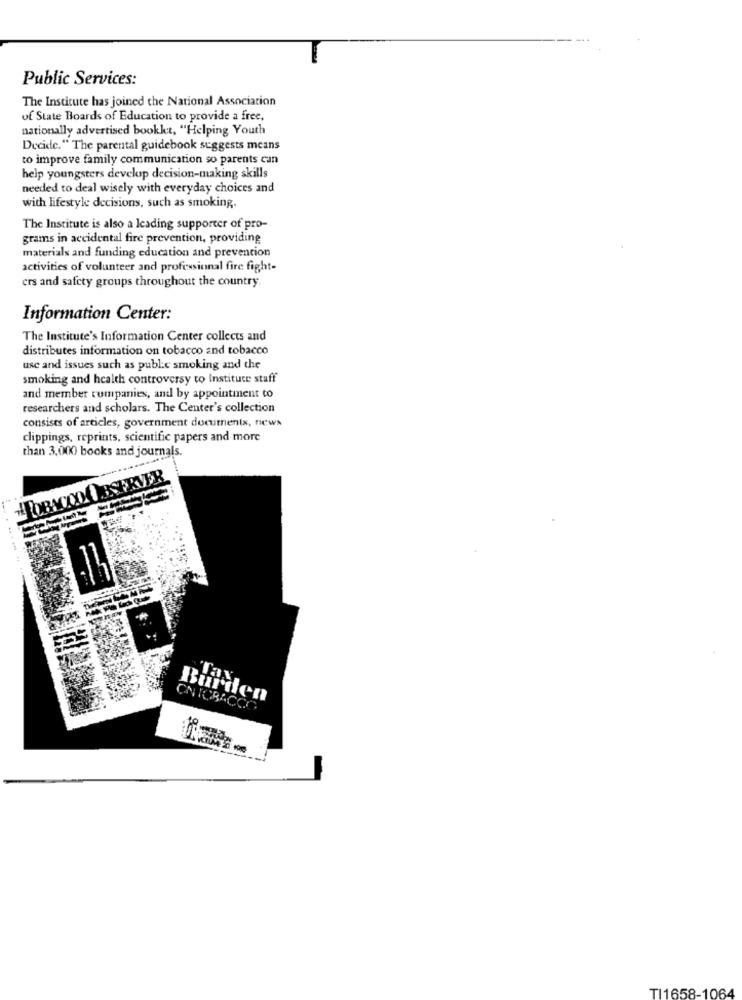
Public Services:
The Institute has joined the National Association
of State Boards of Education to provide a free,
nationally advertised bookkt, "Helping Youth
Decide." The parental guidebook suggests means
to improve family communication so parents can
help youngsters develop decision-making skills
needed to deal wisely with everyday choices and
with lifestyle decisions, such as smoking.
The Institute is also a leading supporter of pro-
grams in accidental fire prevention, providing
materials and funding education and prevention
activities of volunteer and professional fire fight-
ers and safety groups throughout the country.
Information Center:
The Institute's Information Center collects and
distributes information on tobacco and tobacco
use and issues such as public smoking and the
smoking and health controversy to Instituce staff
and member companies, and by appointment to
researchers and scholars. The Center's collection
consists of articles, government documents, news
clippings, reprints, scientific papers and more
than 3,000 books and journals.
HTOBACCOAIBSERVER
Burden
CNICBACCO
TI1658-1064